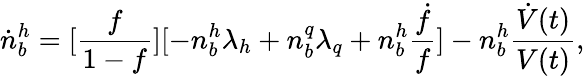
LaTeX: \dot{n}_{b}^{h}=[{\frac{f}{1-f}}][-n_{b}^{h}\lambda_{h}+n_{b}^{q}\lambda_{q}+n_{b}^{h}{\frac{\dot{f}}{f}}]-n_{b}^{h}{\frac{\dot{V}(t)}{V(t)}},